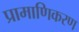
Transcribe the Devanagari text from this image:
प्रामाणिकरण